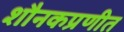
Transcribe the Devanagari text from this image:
शौनकप्रणीत